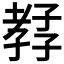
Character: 𡦊